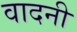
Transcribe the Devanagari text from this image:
वादनी